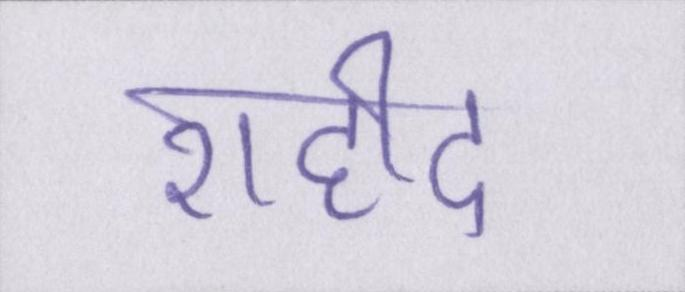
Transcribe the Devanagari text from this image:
शहीद